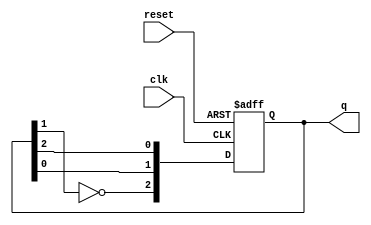
module johnson_counter (
    input wire clk,        // Clock signal
    input wire reset,      // Asynchronous reset signal
    output reg [2:0] q     // 3-bit output representing the current state
);

// State transition logic
always @(posedge clk or posedge reset) begin
    if (reset) begin
        q <= 3'b000;      // Reset to state 0
    end else begin
        // Johnson counter state transition
        q[2] <= ~q[1];    // First flip-flop takes inverted value of the second flip-flop
        q[1] <= q[0];     // Shift the state right
        q[0] <= q[2];     // Shift the state
    end
end

endmodule